Annual administration report of the Civil Veterinary Department of India - 1893-1894
Year: 1893
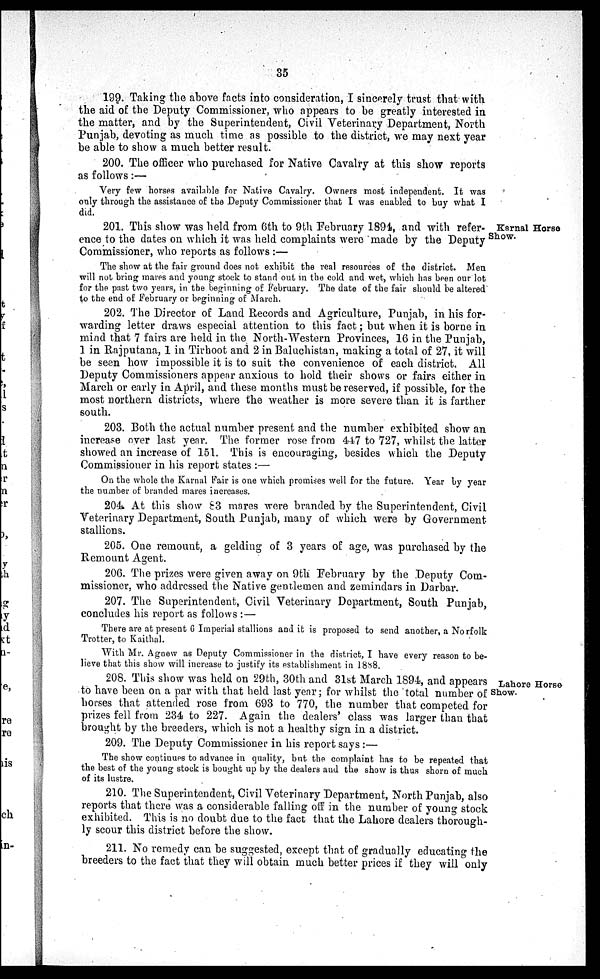
35
199. Taking the above facts into consideration, I sincerely trust that with
the aid of the Deputy Commissioner, who appears to be greatly interested in
the matter, and by the Superintendent, Civil Veterinary Department, North
Punjab, devoting as much time as possible to the district, we may next year
be able to show a much better result.
200. The officer who purchased for Native Cavalry at this show reports
as follows:—
Very few horses available for Native Cavalry. Owners most independent. It was
only through the assistance of the Deputy Commissioner that I was enabled to buy what I
did.
Karnal Horse
Show.
201. This show was held from 6th to 9th February 1894, and with refer-
ence to the dates on which it was held complaints were made by the Deputy
Commissioner, who reports as follows:—
The show at the fair ground does not exhibit the real resources of the district. Men
will not bring mares and young stock to stand out in the cold and wet, which has been our lot
for the past two years, in the beginning of February. The date of the fair should be altered
to the end of February or beginning of March.
202. The Director of Land Records and Agriculture, Punjab, in his for-
warding letter draws especial attention to this fact; but when it is borne in
mind that 7 fairs are held in the North-Western Provinces, 16 in the Punjab,
1 in Rajputana, 1 in Tirhoot and 2 in Baluchistan, making a total of 27, it will
be seen how impossible it is to suit the convenience of each district. All
Deputy Commissioners appear anxious to hold their shows or fairs either in
March or early in April, and these months must be reserved, if possible, for the
most northern districts, where the weather is more severe than it is farther
south.
203. Both the actual number present and the number exhibited show an
increase over last year. The former rose from 447 to 727, whilst the latter
showed an increase of 151. This is encouraging, besides which the Deputy
Commissioner in his report states:—
On the whole the Karnal Fair is one which promises well for the future. Year by year
the number of branded mares increases.
204. At this show 83 mares were branded by the Superintendent, Civil
Veterinary Department, South Punjab, many of which were by Government
stallions.
205. One remount, a gelding of 3 years of age, was purchased by the
Remount Agent.
206. The prizes were given away on 9th February by the Deputy Com-
missioner, who addressed the Native gentlemen and zemindars in Darbar.
207. The Superintendent, Civil Veterinary Department, South Punjab,
concludes his report as follows:—
There are at present 6 Imperial stallions and it is proposed to send another, a No rfolk
Trotter, to Kaithal.
With Mr. Agnew as Deputy Commissioner in the district, I have every reason to be-
lieve that this show will increase to justify its establishment in 1888.
Lahore Horse
Show.
208. This show was held on 29th, 30th and 31st March 1894, and appears
to have been on a par with that held last year; for whilst the total number of
horses that attended rose from 693 to 770, the number that competed for
prizes fell from 234 to 227. Again the dealers' class was larger than that
brought by the breeders, which is not a healthy sign in a district.
209. The Deputy Commissioner in his report says:—
The show continues to advance in quality, but the complaint has to be repeated that
the best of the young stock is bought up by the dealers and the show is thus shorn of much
of its lustre.
210. The Superintendent, Civil Veterinary Department, North Punjab, also
reports that there was a considerable falling off in the number of young stock
exhibited. This is no doubt due to the fact that the Lahore dealers thorough-
ly scour this district before the show.
211. No remedy can be suggested, except that of gradually educating the
breeders to the fact that they will obtain much better prices if they will only